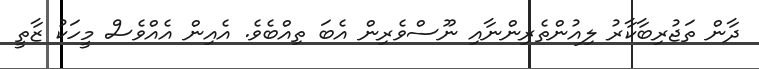
ދާން ތަޖުރިބާކާރު ލިއުންތެރިންނާއި ނޫސްވެރިން އެބަ ތިއްބެވެ. އެއިން އެއްވެސް މީހަކު ޒާތީ